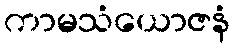
ကာမသံယောဇနံ